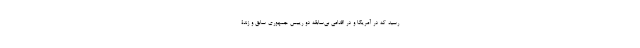
رسید که در آمریکا و در اقدامی بی‌سابقه دو رییس جمهوری سابق و زندۀ